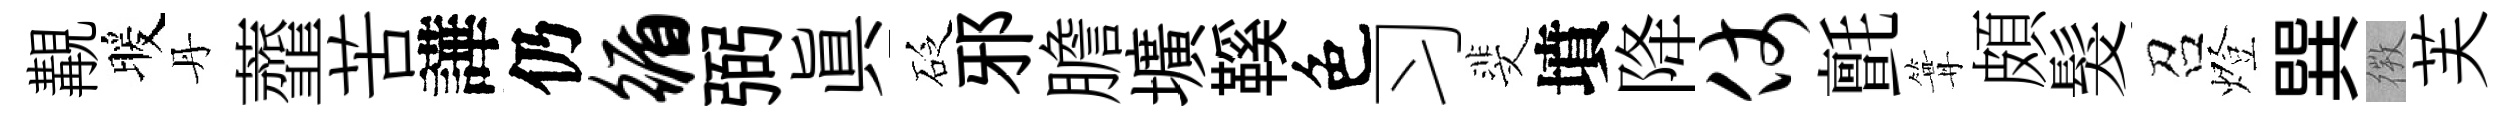
覯暖丹虀苦譁仍循弼眞砭邪膽壙鞵色习斐墳降仗氈篝頗髮召燈巽𢕄芙